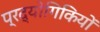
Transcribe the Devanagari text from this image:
प्रद्योगिकियों